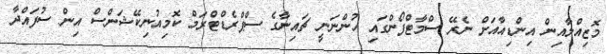
މޮޒިއްލާއިން އިންޑިއާއަށް ނެރޭ ސްމާޓްފޯންގައި ހުންނަނީ ޗައިނާގެ ސްޕްރެޑްޓްރަމް ކޮމިއުނިކޭޝަންސް އިން ސުފައްދާ